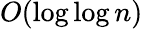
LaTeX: O(\log\log n)